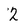
Character: 2